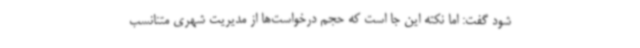
شود گفت: اما نکته این جا است که حجم درخواست‌ها از مدیریت شهری متنانسب